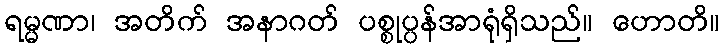
ရမ္မဏာ၊ အတိက် အနာဂတ် ပစ္စုပ္ပန်အာရုံရှိသည်။ ဟောတိ။